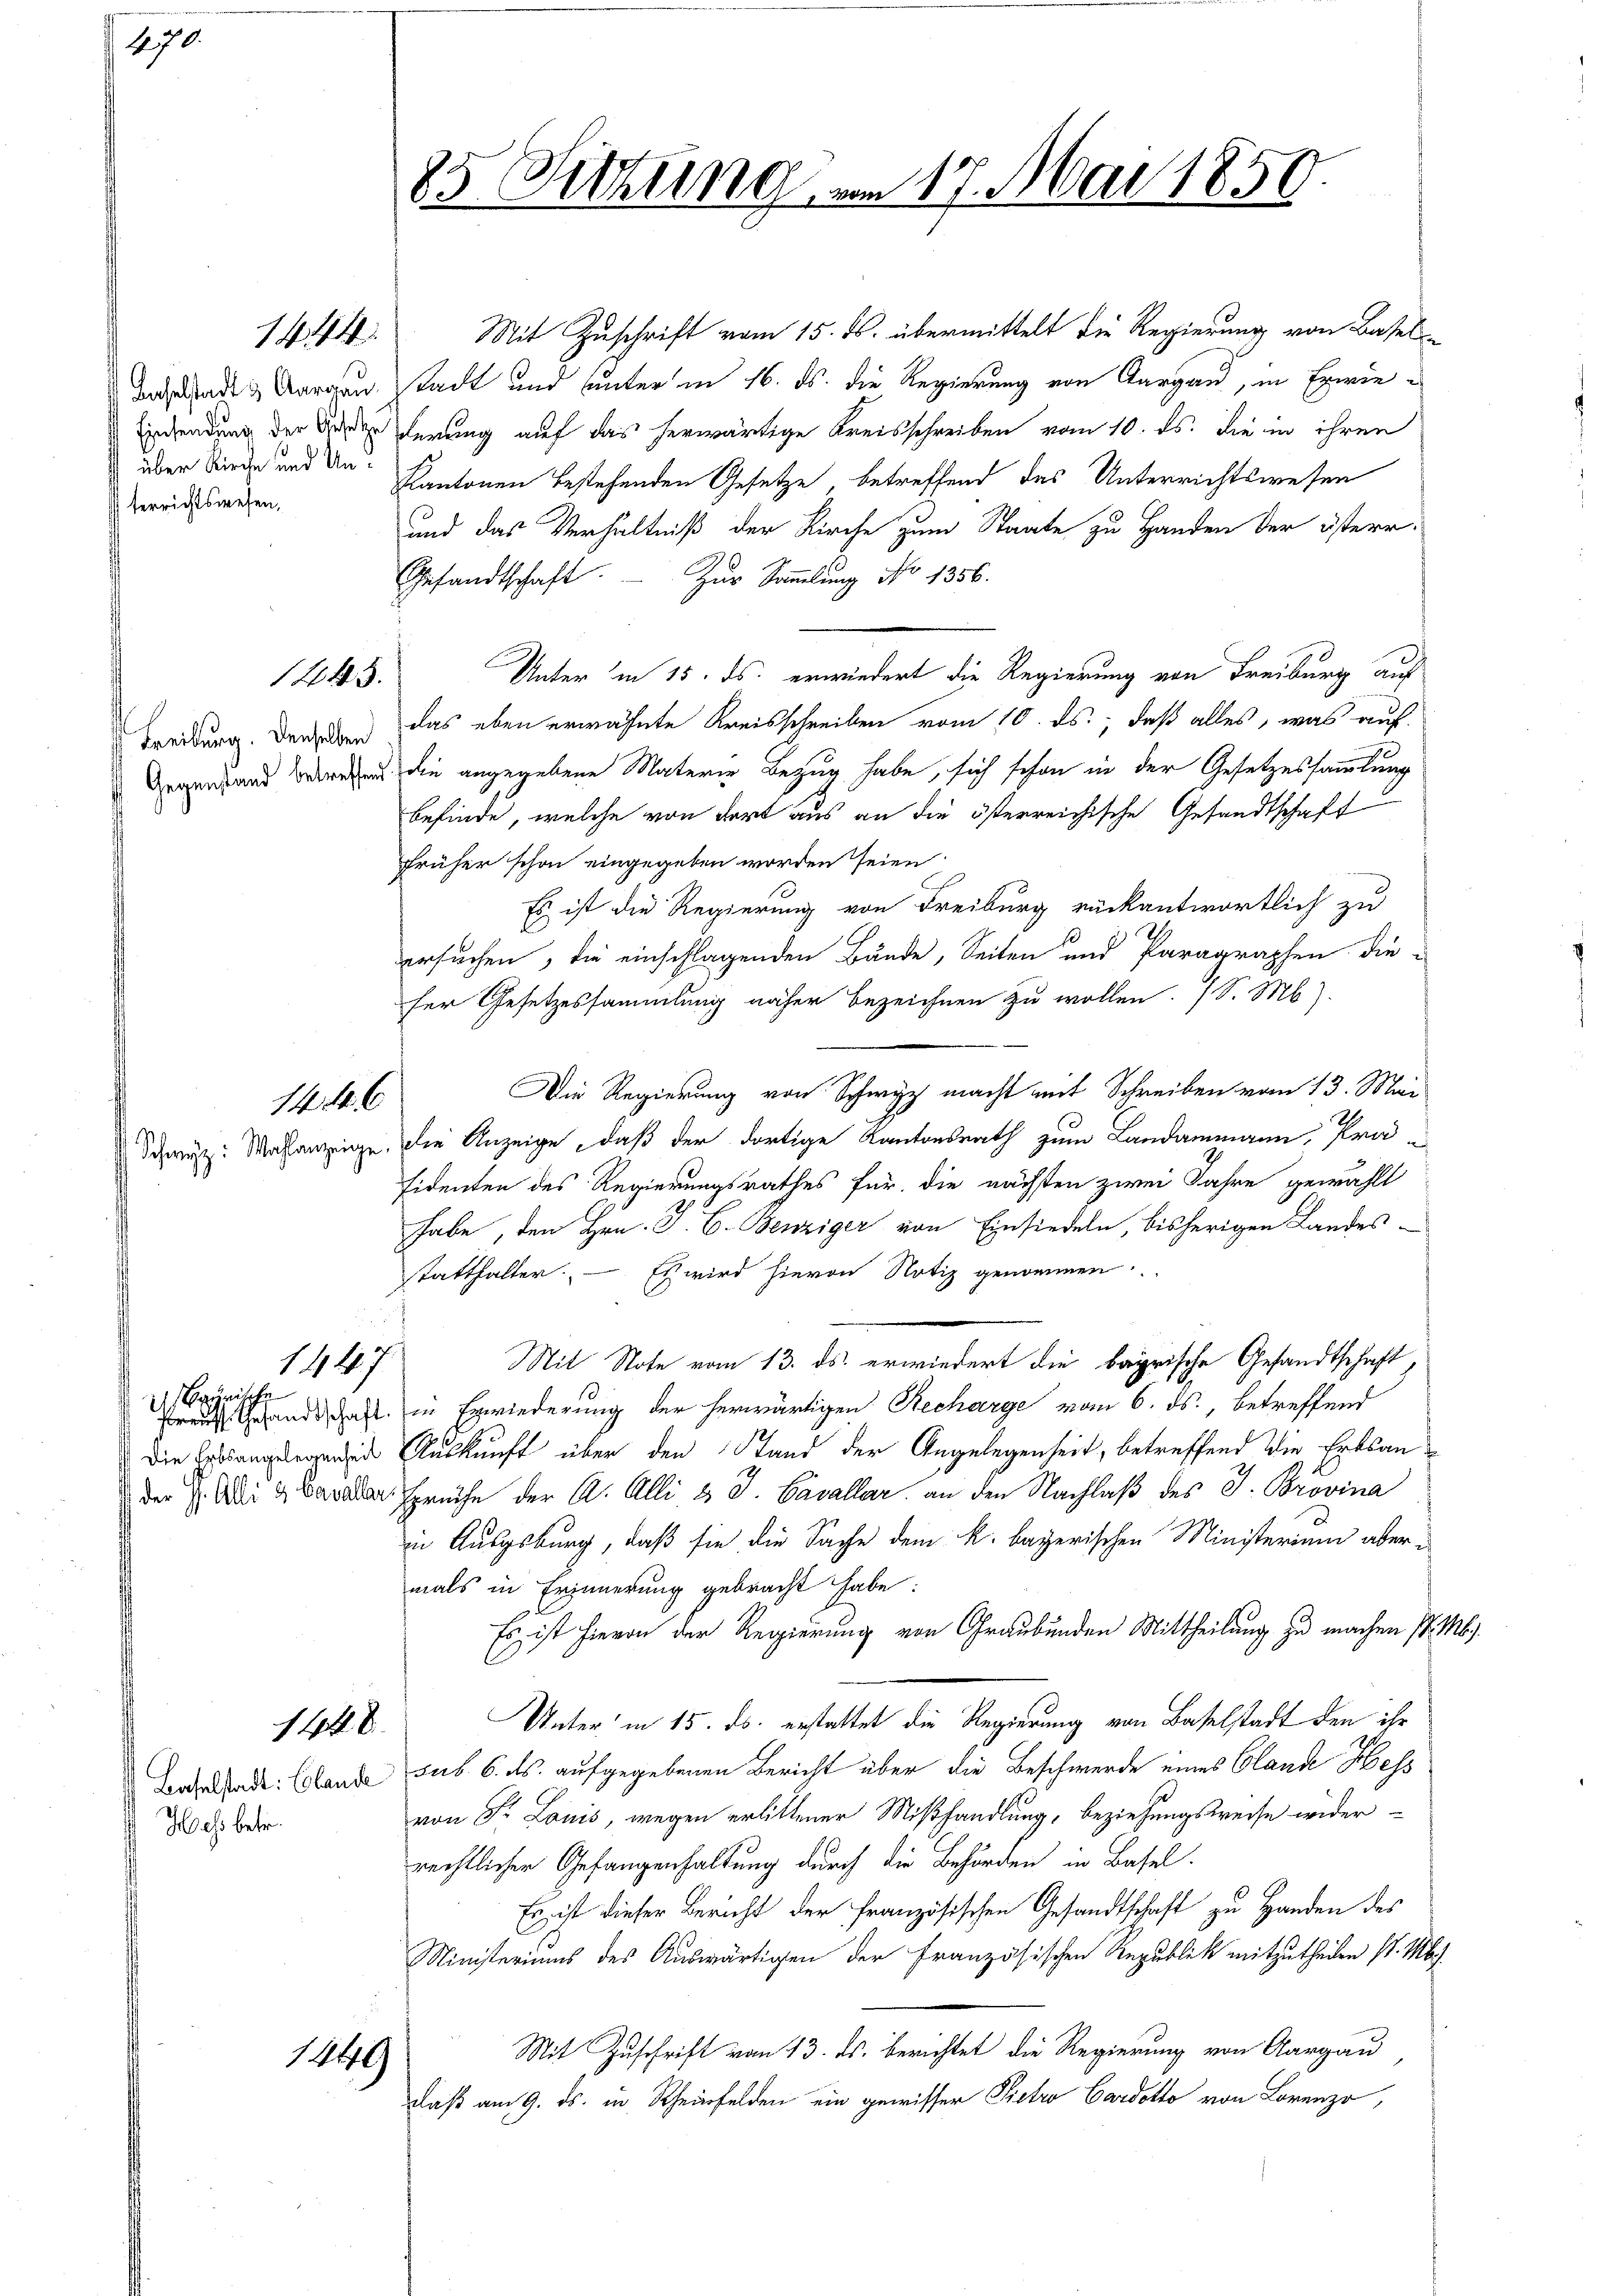
4. 70.

Baselstadt & Aargau.
Einsendung der Ansetze
über Kirche und Unterrichtswesen,

144.

1243.

Freiburg. Denselben
Gegenstand betreffend

14. 146

Schwyz: Wahlanzeige

1447

rynische
Die Erbsangelegenheit
der Pf. Alli & Cavaller.

1448

Baselstadt: Claude
Has betr.

1449

85 Sitzung

m 17. Mai 1859.

Mit Zuschrift vom 15. ds. übermittelt die Regierung von Basel-
stadt und unter in 16. ds. die Regierung von Aargau, in Erwiederung auf das herwärtige Kreisschreiben vom 10. ds. die in ihren
Kantonen bestehenden Gesetze, betreffend das Unterrichtswesen
und das Verhältniß der Kirche zum Staate zu Handen der österr
Gesandtschaft. Zŭr Sammlung No 1356.
Unter in 15. ds. erwiedert die Regierung von Freiburg auf
das eben erwähnte Kreisschreiben vom 10. ds., daß alles, was auf
die angegebene Materie Bezug habe, sich schon in der Gesetzessammlung
befinde, welche von dort aus an die österreichische Gesandtschaft
früher schon eingegeben worden seien
Es ist die Regierung von Freiburg rückantwortlich zu
ersuchen, die einschlagenden Bände, Seiten und Paragraphen die-
ser Gesetzessammlung näher bezeichnen zu wollen. (S. Mb).
Die Regierung von Schwyz macht mit Schreiben vom 13. Mai
die Anzeige, daß der dortige Kantonsrath zum Landammann, Prä-
sidenten des Regierungsrathes für die nächsten zwei Jahre gewählt
habe, den Hrn. J. C. Benziger von Einsiedeln, bisherigen Landes-
statthalter. — Es wird hievon Notiz genommen.
Mit Note vom 13. ds. erwiedert die bayrische Gesandtschaft
Frau Gesandtschaft in Erwiederung der herwärtigen Recharge vom 6. ds., betreffend
Auskunft über den Stand der Angelegenheit, betreffend die Erbsansprüche der A. Alli & J. Cavallar an den Nachlaß des J. Provina
in Augsburg, daß sie die Sache dem k. bayerischen Ministerium aber-
mals in Erinnerung gebracht habe:
Es ist hievon der Regierung von Graubünden Mittheilung zu machen s. M.
Unter in 15. ds. erstattet die Regierung von Baselstadt den ihr
sub. 6. ds. aufgegebenen Bericht über die Beschwerde eines Glande Hess
von Fr. Lauis, wegen erlittener Mißhandlung, beziehungsweise widerrechtlicher Gefangenhaltung durch die Behörden in Basel.
Es ist dieser Bericht der französischen Gesandtschaft zu Handen des
Ministeriums des Auswärtigen der Französischen Republick mitzutheilen st. Ms.
Mit Zuschrift vom 13. ds. berichtet die Regierung von Aargau
daß am 9. ds. in Rheinfelden ein gewisser Pietro Cardotto von Lorenz,